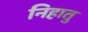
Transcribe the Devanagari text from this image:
निहातु